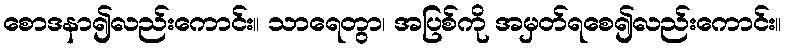
စောဒနာ၍လည်းကောင်း။ သာရေတွာ၊ အပြစ်ကို အမှတ်ရစေ၍လည်းကောင်း။